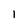
Character: 1